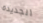
الجديدة